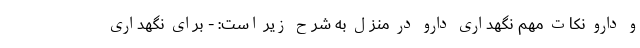
و دارو نکات مهم نگهداری دارو در منزل به شرح زیر است: - برای نگهداری